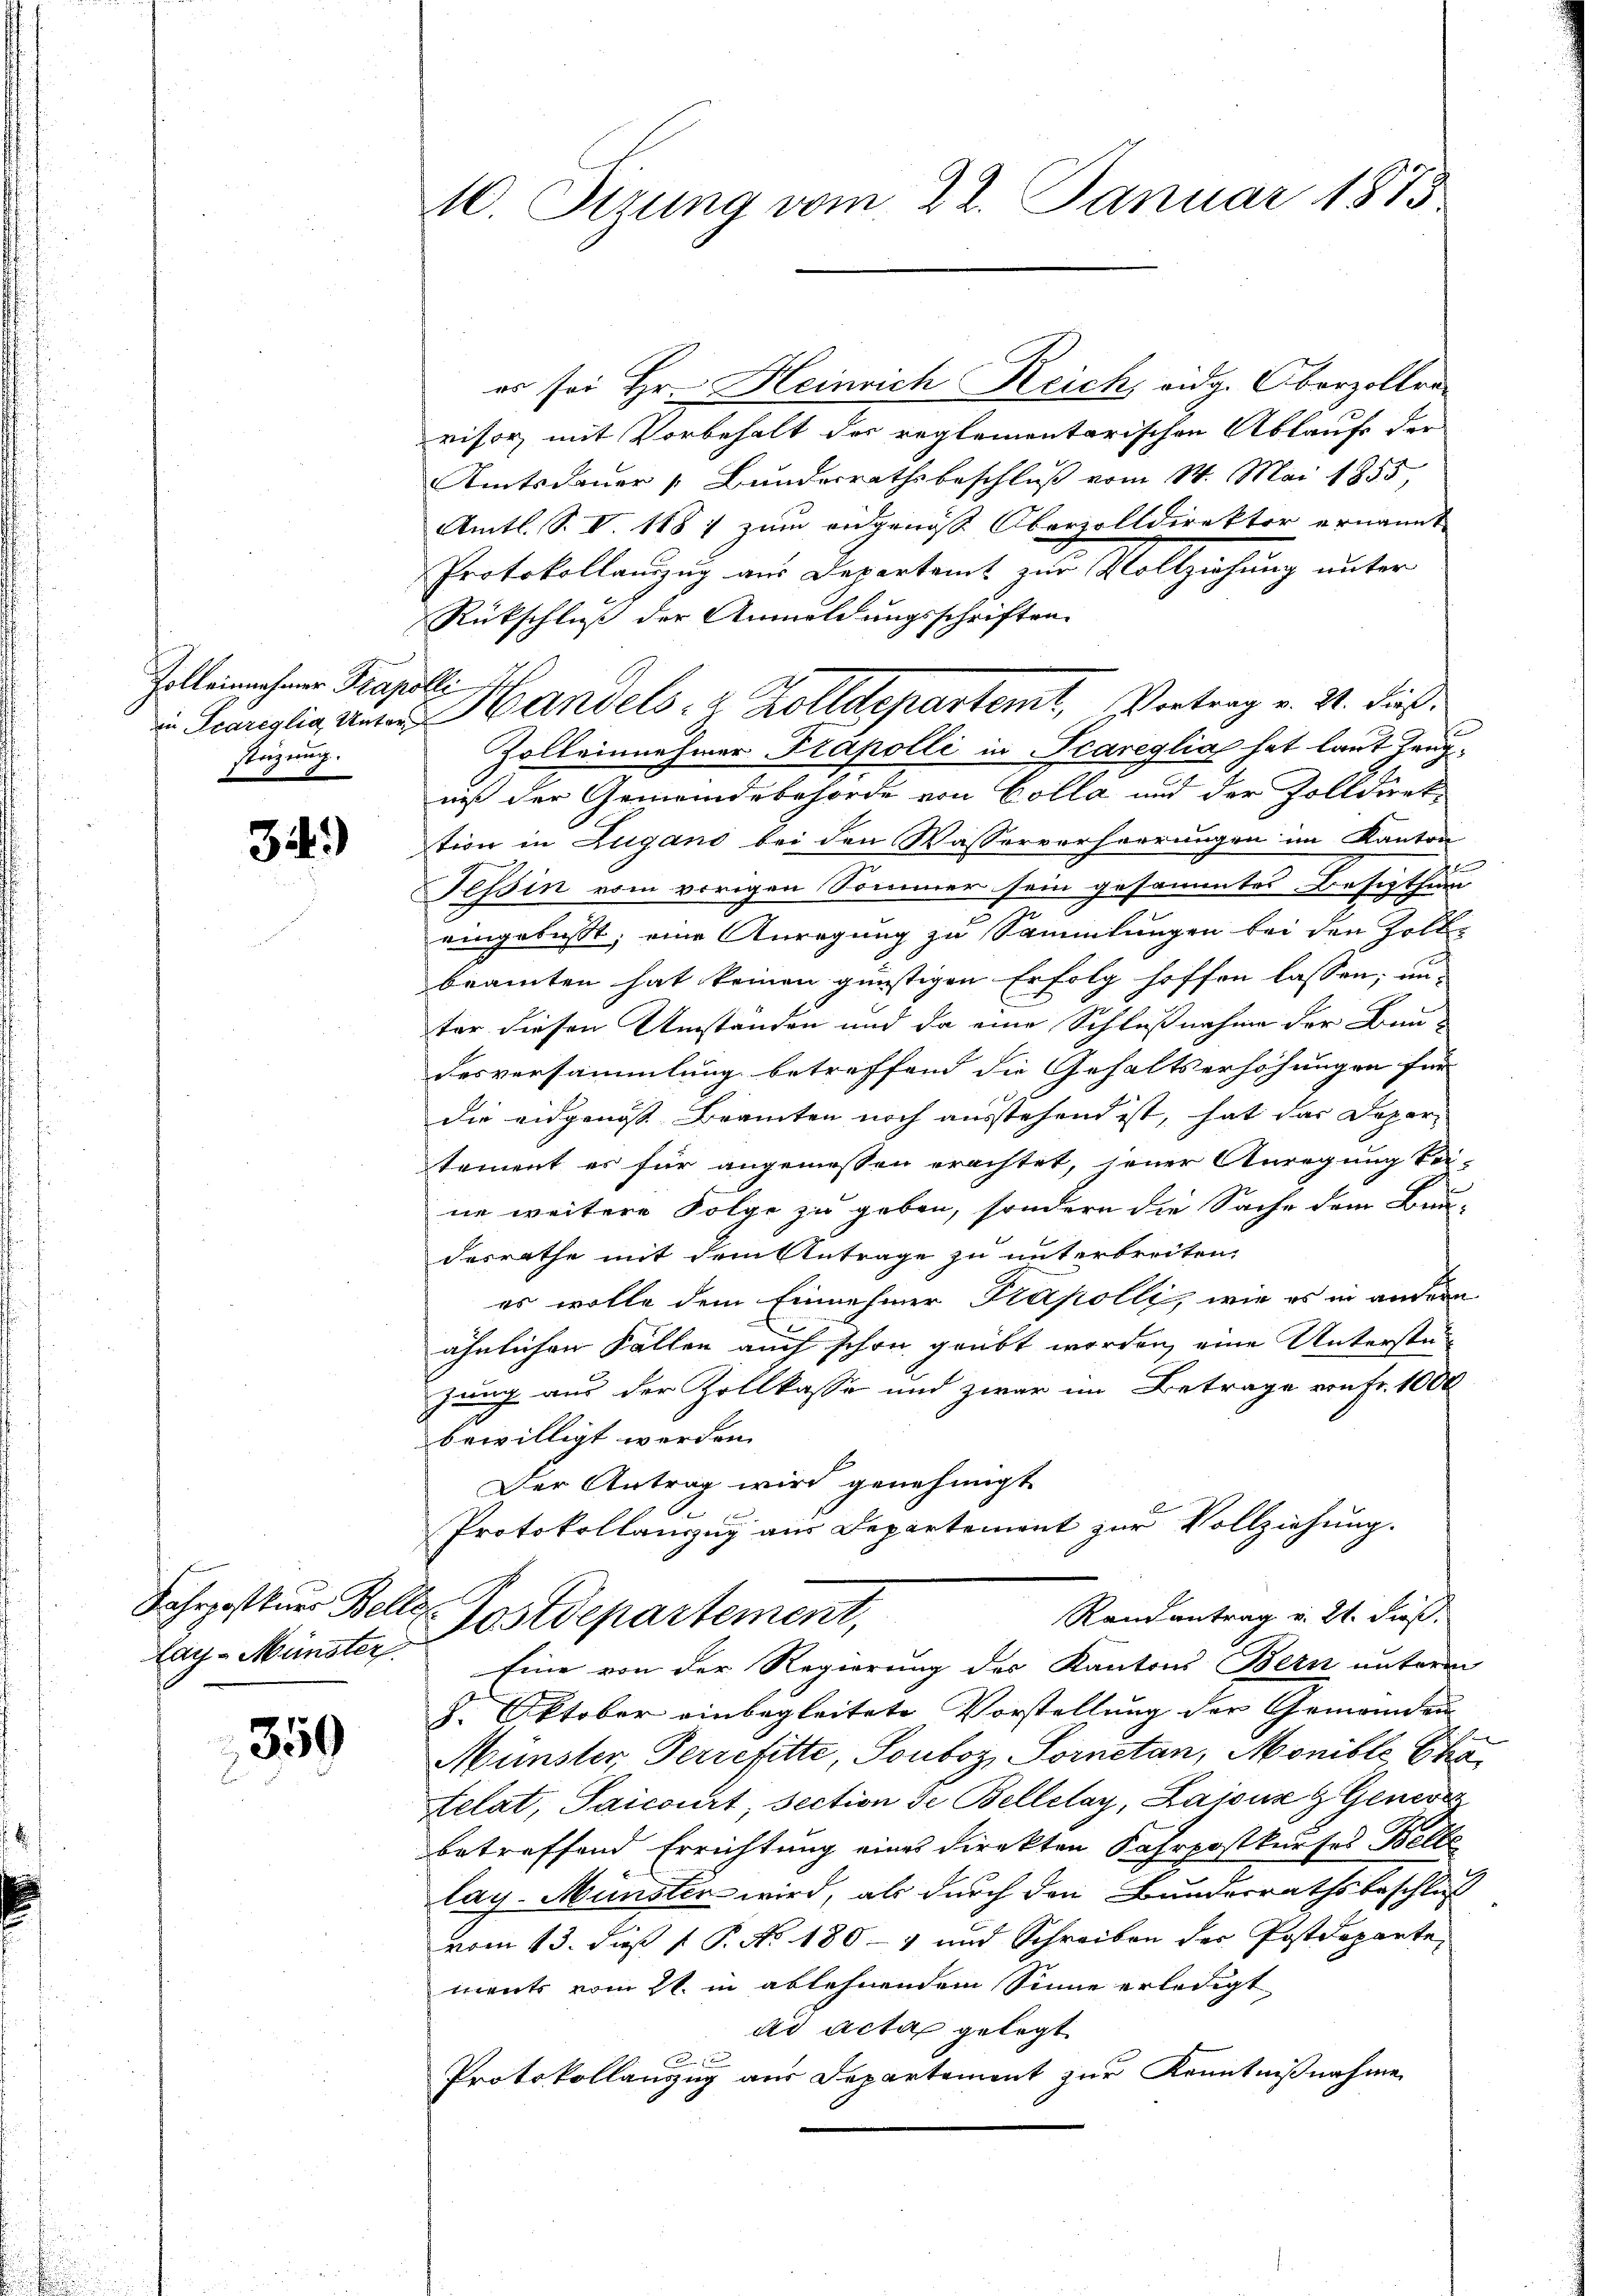
Zolleinnahmer Trapolli
stüzung.

34.)

Fahrpostner Kelle
lay-Münster.

359

10. Setzung vom 22. Januar 1873

er sei Hr. Heinrich Reich, eidg. Oberzollravisor mit Vorbehalt der reglementarischen Ablaufe der
Amtsdauer „Bundesrathsbeschluß vom 14. Mai 1855,
Amtl. S. V. 1887 zum eidgenöss Obervolldirektor ernannt
Protokollanzug aus Departamt zur Vollziehung unter
Rückschluß der Anmeldungsschriften.
 Scarzlig an Handels- & Zolldepartemt, Vortrag v. 24. dieß
Zolleinehmer Trapolli in Scareglia hat laut Zeugniß der Gemeindebehörde von Colla und der Zolldirektion in Zugano bei den Wasservorherrungen im Kanton
Tessin vom vorigen Sommer sein gesammtes Besizthin
eingelast, eine Anregung zu Sammlungen bei den Zoll-
beamten hat keinen günstigen Erfolg hoffen lassen; un-
ter diesen Umständen und da eine Schlußnahme der Bau-
desversammlung betreffend die Gehaltserhöhungen für
die eidgenoss Branten noch ausstehend ist, hat das Departement es für angemessen erachtet, jener Anregung kei-
ne weitere Folge zu geben, sondern die Sache dem Bau-
desrathe mit dem Antrage zu unterbreiten,
es wolle dem Einnehmer Präpolli, wie es in andern
ähnlichen Fallen auch schon geübt worden, eine Unterstüjung aus der Zollkasse und zwar im Betrage von Fr. 1000
bewilligt werden.
Der Antrag wird genehmigt
 u.
Protokollanzug aus Departement zur Vollziehung.
Randantrag v. 21. dieß.
Postdepartement,
Eine von der Regierung des Kantons Bern unterm
8. Oktober einbegleitete Vorstellung der Gemeinden |
Münster, Herrefitte, Souboz, Sornetan, Monible Cha
elat, Saicourt, section de Bellelay, Lajons & Gener
betreffend Errichtung eines Direkten Fahrpostkurses Bette
lay-Münster wird, als durch den Bundesrathsbeschluß
vom 13. dieß P. P. No. 1804 und Schreiben der Postdeparte,
ments vom 21. in ablehnendem Sinne erledigt
ad acta gelegt
1
Protokollanzug aus Departement zur Kenntnißnahme